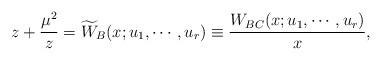
LaTeX: \begin{align*}z+{\mu^2\over z}=\widetilde{W}_B(x;u_{1}, \cdots, u_{r}) \equiv {W_{BC}(x;u_{1}, \cdots, u_{r})\over x},\end{align*}